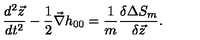
\frac { d ^ { 2 } { \vec { z } } } { d t ^ { 2 } } - \frac { 1 } { 2 } { \vec { \nabla } } h _ { 0 0 } = \frac { 1 } { m } \frac { \delta \Delta S _ { m } } { \delta { \vec { z } } } .